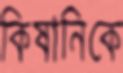
কিষানিকে